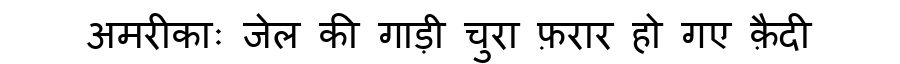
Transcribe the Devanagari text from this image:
अमरीकाः जेल की गाड़ी चुरा फ़रार हो गए क़ैदी